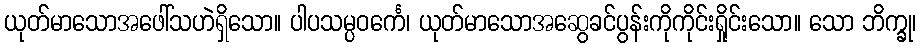
ယုတ်မာသောအဖေါ်သဟဲရှိသော။ ပါပသမ္ပဝင်္ကေ၊ ယုတ်မာသောအဆွေခင်ပွန်းကိုကိုင်းရှိုင်းသော။ သော ဘိက္ခု၊